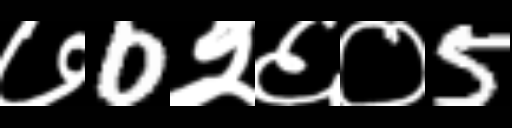
Text: ७0२६०5